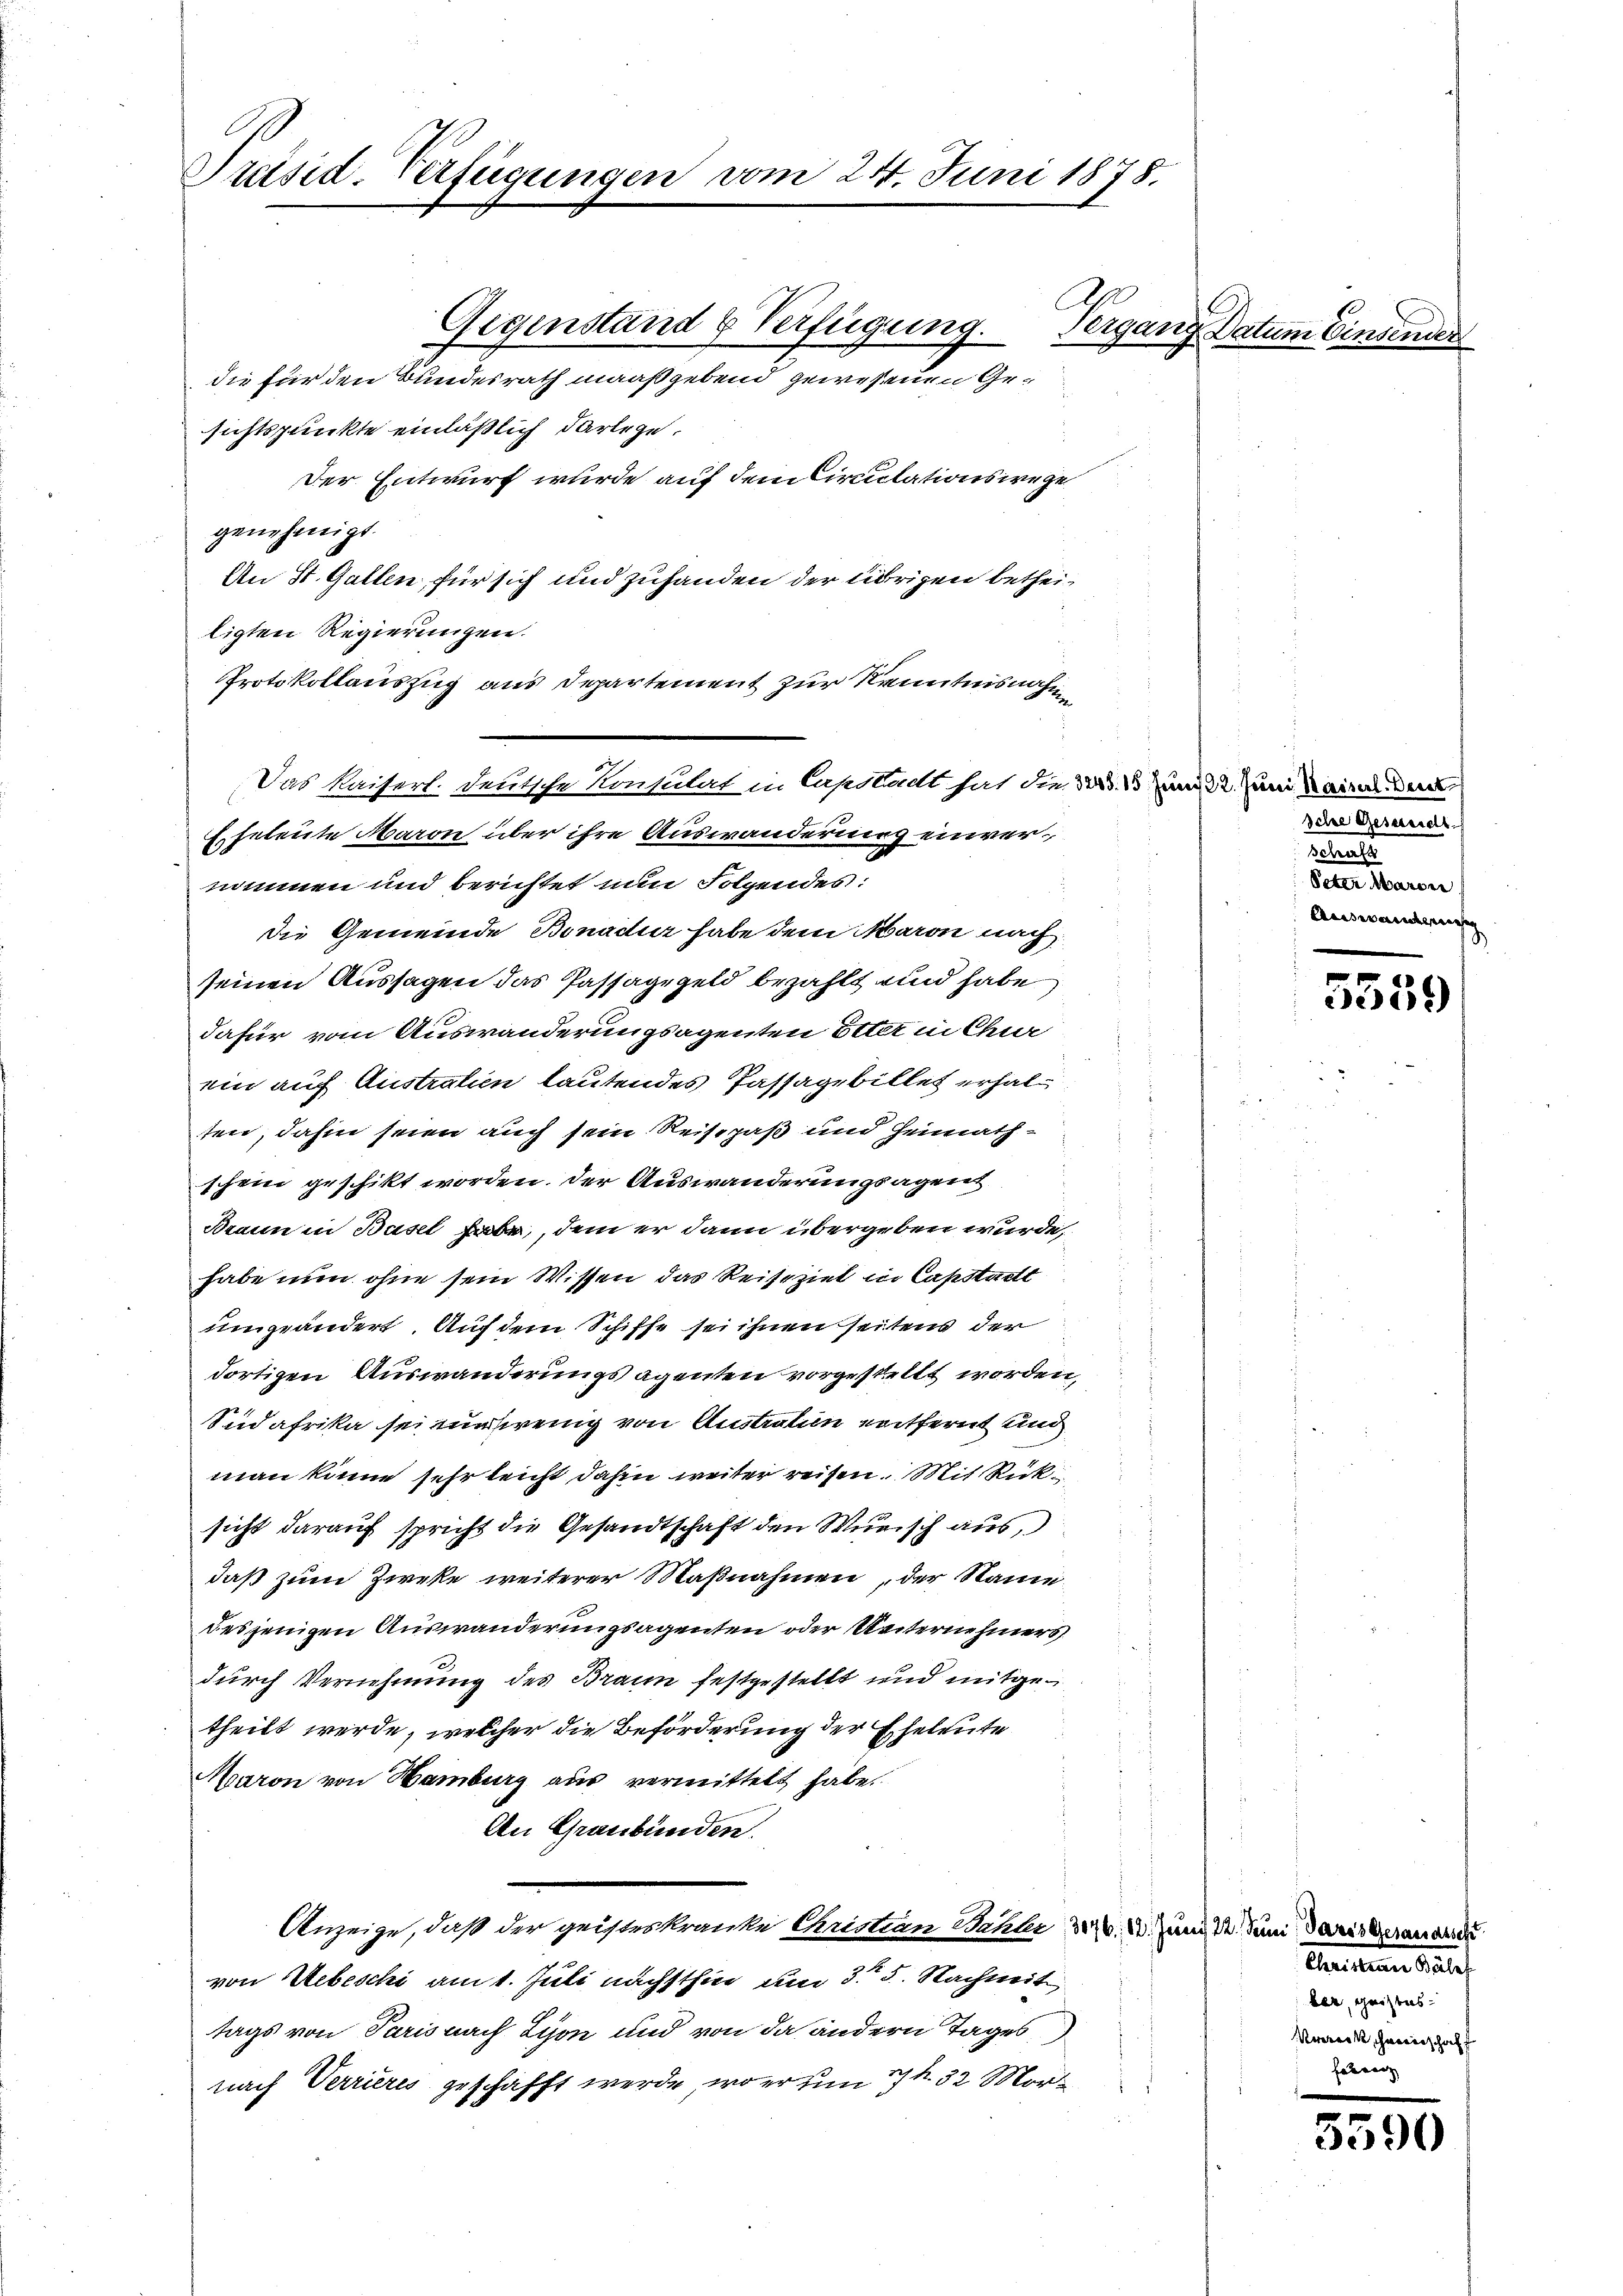
Präsid-Verfügungen vom 24. Juni 1878.
Gegenstand & Verfügung.
Vergang Datum Einsender
die für den Bundesrath maaßgebend gewesenen Ge¬

sichtspunkte einläßlich darlege.
Der Entwurf wurde auf dem Circulationswege
genehmigt.
An St. Gallen, für sich und zuhanden der übrigen betheiligten Regierungen.
Protokollauszug aus Departement zur Kenntnisnahm
Eheleute Baron über ihre Auswanderung einvernommen und berichtet nun Folgendes:
die Gemeinde Bonader habe dem Maron nach
seinen Aussagen das Passaggeld bezahlt und habe
dafür vom Auswanderungsagenten Etter in Chur
ein auf Australien lautendes Passagebilles erhalten, dahin seien auch sein Reisepaß und Heimathschein geschikt worden. Der Auswanderungsagent
Braun in Basel habe, dem er dann übergeben wurde,
habe nun ohne sein Wissen das Reiseziel in Capstadt
umgeändert. Auf dem Schiffe sei ihnen seitens der
dortigen Auswanderungsagenten vorgestellt worden,
Sudafrika sei ein wenig von Austration entfernt und
man könne sehr leicht dahin weiter reisen. Mit Rücksicht darauf spricht die Gesandtschaft den Wunsch aus,
daß zum Zirke weiterer Maßnahmen, der Name
desjenigen Auswanderungsagenten oder Unternehmers
durch Vernehmung des Braun festgestellt und mitgetheilt werde, welcher die Beförderung der Eheleute
Maron von Hamburg aus vermittelt habe.
An Graubünden.
Anzeige, daß der geisteskranke Christian Bahler 2. 20. Juni 2. Juni daris Grandere
von Uebeschi am 1. Juli nächsthin um 3. 5. Nachmit
tags von Paris nach Lyon und von da andern Tages
nach Verrieres geschafft werde, wo er um 17. 32 Mor¬

Das Kaiserl. deutsche Konsulat in Capslacht hat die 2. 13 Juni 22. Juni Kaiser den

sche Gesandt.
telalt
Peter Maron
Auswandernis

5559

Concilium daf
ber, geistus
werk herrschaft
faren

.
5390